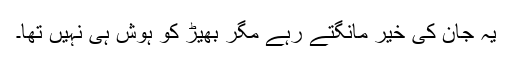
یہ جان کی خیر مانگتے رہے مگر بھیڑ کو ہوش ہی نہیں تھا۔